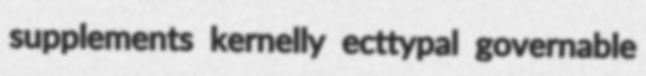
supplements kernelly ecttypal governable